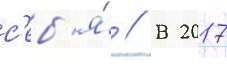
с'еб'я́ // В 2017